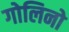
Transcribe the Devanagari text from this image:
गोलिनो